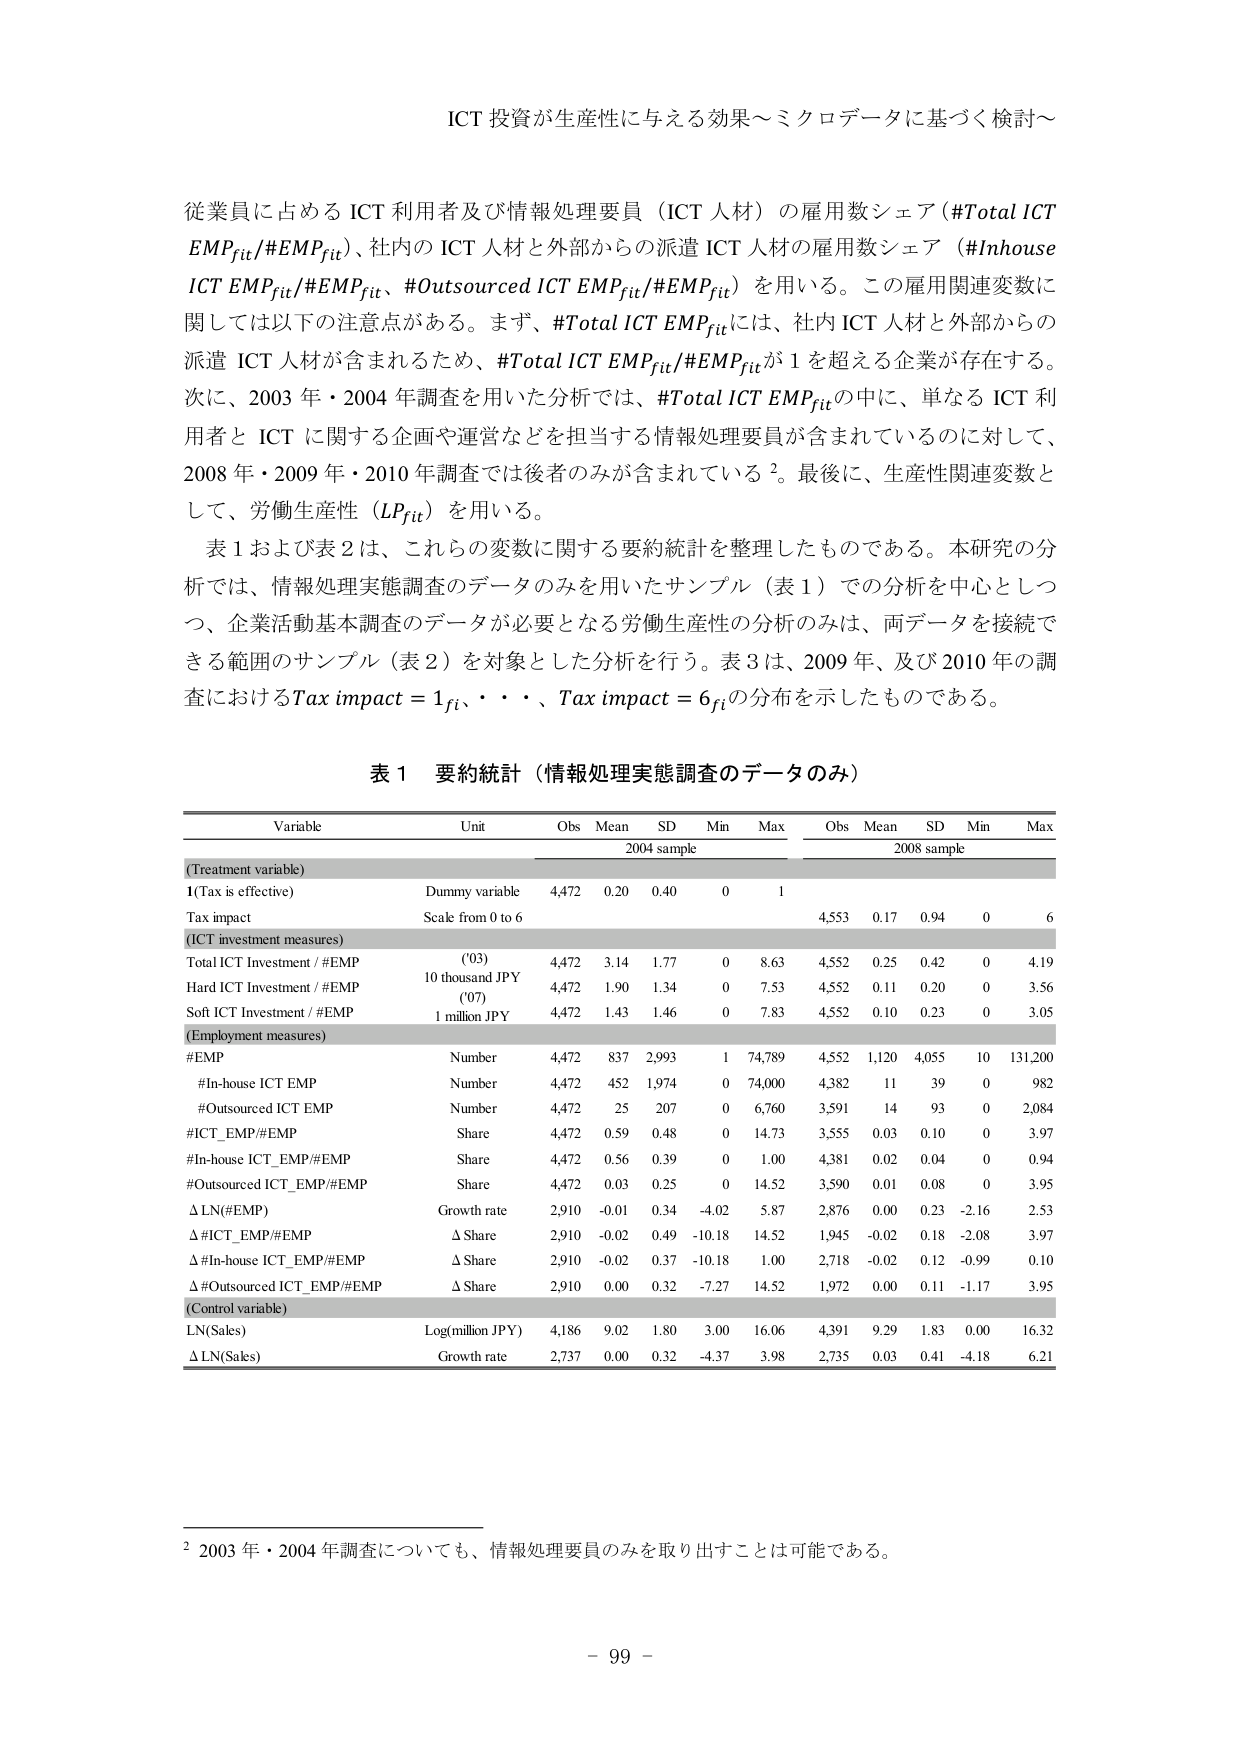
ICT 投資が生産性に与える効果～ミクロデータに基づく検討～

従業員に占める ICT 利用者及び情報処理要員（ICT 人材）の雇用数シェア（#Total ICT EMPfit/#EMPfit）、社内の ICT 人材と外部からの派遣 ICT 人材の雇用数シェア（#Inhouse ICT EMPfit/#EMPfit、#Outsourced ICT EMPfit/#EMPfit）を用いる。この雇用関連変数に関しては以下の注意点がある。まず、#Total ICT EMPfitには、社内 ICT 人材と外部からの派遣 ICT 人材が含まれるため、#Total ICT EMPfit/#EMPfitが 1 を超える企業が存在する。次に、2003 年・2004 年調査を用いた分析では、#Total ICT EMPfitの中に、単なる ICT 利用者と ICT に関する企画や運営などを担当する情報処理要員が含まれているのに対して、2008 年・2009 年・2010 年調査では後者のみが含まれている 2。最後に、生産性関連変数として、労働生産性（LPfit）を用いる。

表 1 および表 2 は、これらの変数に関する要約統計を整理したものである。本研究の分析では、情報処理実態調査のデータのみを用いたサンプル（表 1）での分析を中心としつつ、企業活動基本調査のデータが必要となる労働生産性の分析のみは、両データを接続できる範囲のサンプル（表 2）を対象とした分析を行う。表 3 は、2009 年、及び 2010 年の調査におけるTax impact = 1fi、・・・、Tax impact = 6fiの分布を示したものである。

表 1 要約統計（情報処理実態調査のデータのみ）

Variable                      Unit                 Obs   Mean   SD   Min   Max     Obs   Mean   SD   Min   Max
                                                                 2004 sample                    2008 sample
(Treatment variable)
1(Tax is effective)           Dummy variable       4,472  0.20   0.40  0     1     4,553  0.17   0.94  0     6
Tax impact                    Scale from 0 to 6
(ICT investment measures)
Total ICT Investment / #EMP   (03)                 4,472  3.14   1.77  0     8.63  4,552  0.25   0.42  0     4.19
Hard ICT Investment / #EMP    10 thousand JPY      4,472  1.90   1.34  0     7.53  4,552  0.11   0.20  0     3.56
Soft ICT Investment / #EMP    (07)                 4,472  1.43   1.46  0     7.83  4,552  0.10   0.23  0     3.05
1 million JPY
(Employment measures)
#EMP                          Number               4,472  837    2,993 1     74,789 4,552  1,120  4,055 10    131,200
#In-house ICT EMP             Number               4,472  452    1,974 0     74,000 4,382  11     39    0     982
#Outsourced ICT EMP           Number               4,472  25     207   0     6,760  3,591  14     93    0     2,084
#ICT_EMP/#EMP                 Share                4,472  0.59   0.48  0     14.73  3,555  0.03   0.10  0     3.97
#In-house ICT_EMP/#EMP        Share                4,472  0.56   0.39  0     1.00   4,381  0.02   0.04  0     0.94
#Outsourced ICT_EMP/#EMP      Share                4,472  0.03   0.25  0     14.52  3,590  0.01   0.08  0     3.95
Δ LN(#EMP)                    Growth rate          2,910  -0.01  0.34  -4.02 5.87   2,876  0.00   0.23  -2.16 2.53
Δ #ICT_EMP/#EMP               Δ Share              2,910  -0.02  0.49  -10.18 14.52  1,945  -0.02  0.18  -2.08 3.97
Δ #In-house ICT_EMP/#EMP      Δ Share              2,910  -0.02  0.37  -10.18 1.00   2,718  -0.02  0.12  -0.99 0.10
Δ #Outsourced ICT_EMP/#EMP    Δ Share              2,910  0.00   0.32  -7.27  14.52  1,972  0.00   0.11  -1.17 3.95
(Control variable)
LN(Sales)                     Log(million JPY)     4,186  9.02   1.80  3.00  16.06  4,391  9.29   1.83  0.00  16.32
Δ LN(Sales)                   Growth rate          2,737  0.00   0.32  -4.37 3.98   2,735  0.03   0.41  -4.18 6.21

2 2003 年・2004 年調査についても、情報処理要員のみを取り出すことは可能である。

- 99 -